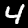
Digit: 4